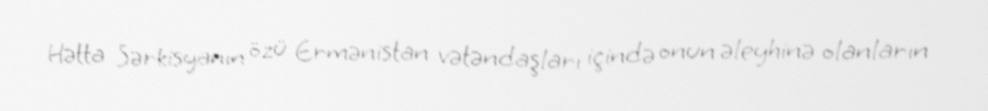
Hətta Sərkisyanın özü Ermənistan vətəndaşları içində onun əleyhinə olanların